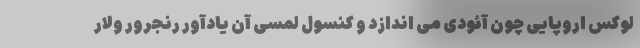
لوکس اروپایی چون آئودی می اندازد و کنسول لمسی آن یادآور رنجرور ولار